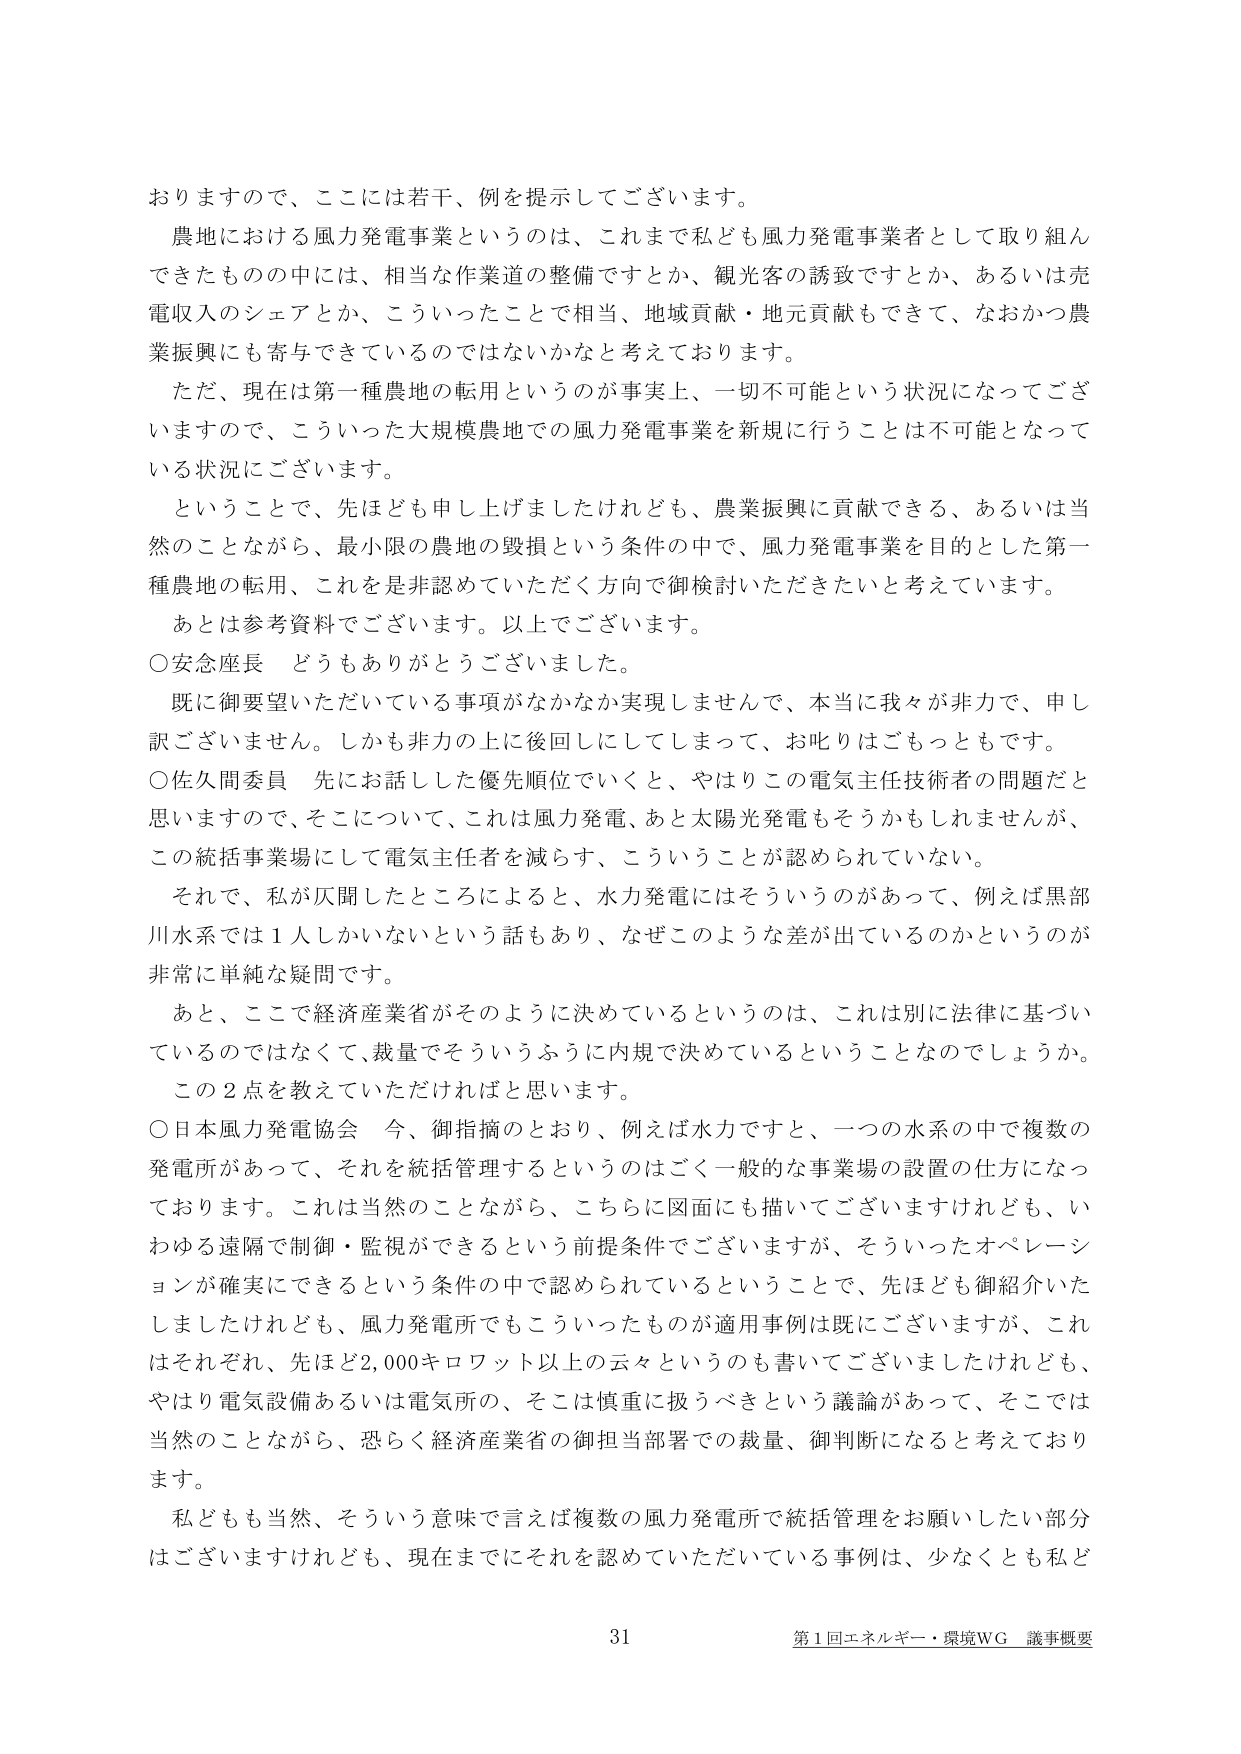
おりますので、ここには若干、例を提示してございます。
農地における風力発電事業というのは、これまで私ども風力発電事業者として取り組んできたものの中には、相当な作業道の整備ですとか、観光客の誘致ですとか、あるいは売電収入のシェアとか、こういったことで相当、地域貢献・地元貢献もできて、なおかつ農業振興にも寄与できているのではないかなと考えております。
ただ、現在は第一種農地の転用というのが事実上、一切不可能という状況になってございますので、こういった大規模農地での風力発電事業を新規に行うことは不可能となっている状況にございます。
ということで、先ほども申し上げましたけれども、農業振興に貢献できる、あるいは当然のことながら、最小限の農地の毀損という条件の中で、風力発電事業を目的とした第一種農地の転用、これを是非認めていただく方向で御検討いただきたいと考えています。
あとは参考資料でございます。以上でございます。
○安念座長 どうもありがとうございました。
既に御要望いただいている事項がなかなか実現しませんで、本当に我々が非力で、申し訳ございません。しかも非力の上に後回しにしてしまって、お叱りはごもっともです。
○佐久間委員 先にお話した優先順位でいくと、やはりこの電気主任技術者の問題だと思いますので、そこについて、これは風力発電、あと太陽光発電もそうかもしれませんが、この統括事業場にして電気主任者を減らす、こういうことが認められていない。
それで、私が仄聞したところによると、水力発電にはそういうのがあって、例えば黒部川水系では１人しかいないという話もあり、なぜこのような差が出ているのかというのが非常に単純な疑問です。
あと、ここで経済産業省がそのように決めているというのは、これは別に法律に基づいているのではなくて、裁量でそういうふうに内規で決めているということなのでしょうか。
この２点を教えていただければと思います。
○日本風力発電協会 今、御指摘のとおり、例えば水力ですと、一つの水系の中で複数の発電所があって、それを統括管理するというのはごく一般的な事業場の設置の仕方になっております。これは当然のことながら、こちらに図面にも描いてございますけれども、いわゆる遠隔で制御・監視ができるという前提条件でございますが、そういったオペレーションが確実にできるという条件の中で認められているということで、先ほども御紹介いたしましたけれども、風力発電所でもこういったものが適用事例は既にございますが、これはそれぞれ、先ほど2,000キロワット以上の云々というのも書いてございましたけれども、やはり電気設備あるいは電気所の、そこは慎重に扱うべきという議論があって、そこでは当然のことながら、恐らく経済産業省の御担当部署での裁量、御判断になると考えております。
私どもも当然、そういう意味で言えば複数の風力発電所で統括管理をお願いしたい部分はございますけれども、現在までにそれを認めていただいている事例は、少なくとも私ど
31 第1回エネルギー・環境WG 議事概要